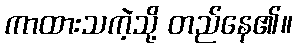
ကာထားသကဲ့သို့ တည်နေ၏။